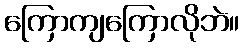
ကြောကျကြောလိုဘဲ။